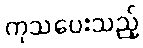
ကုသပေးသည့်